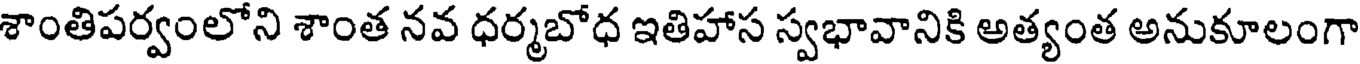
శాంతిపర్వంలోని శాంత నవ ధర్మబోధ ఇతిహాస స్వభావానికి అత్యంత అనుకూలంగా